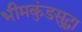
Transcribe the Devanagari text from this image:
भीमकुंडसुद्धा